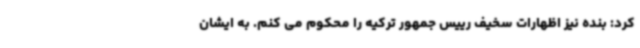
کرد: بنده نیز اظهارات سخیف رییس جمهور ترکیه را محکوم می کنم. به ایشان